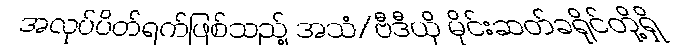
အလုပ်ပိတ်ရက်ဖြစ်သည့် အသံ/ဗီဒီယို မိုင်းဆတ်ခရိုင်တို့ရှိ